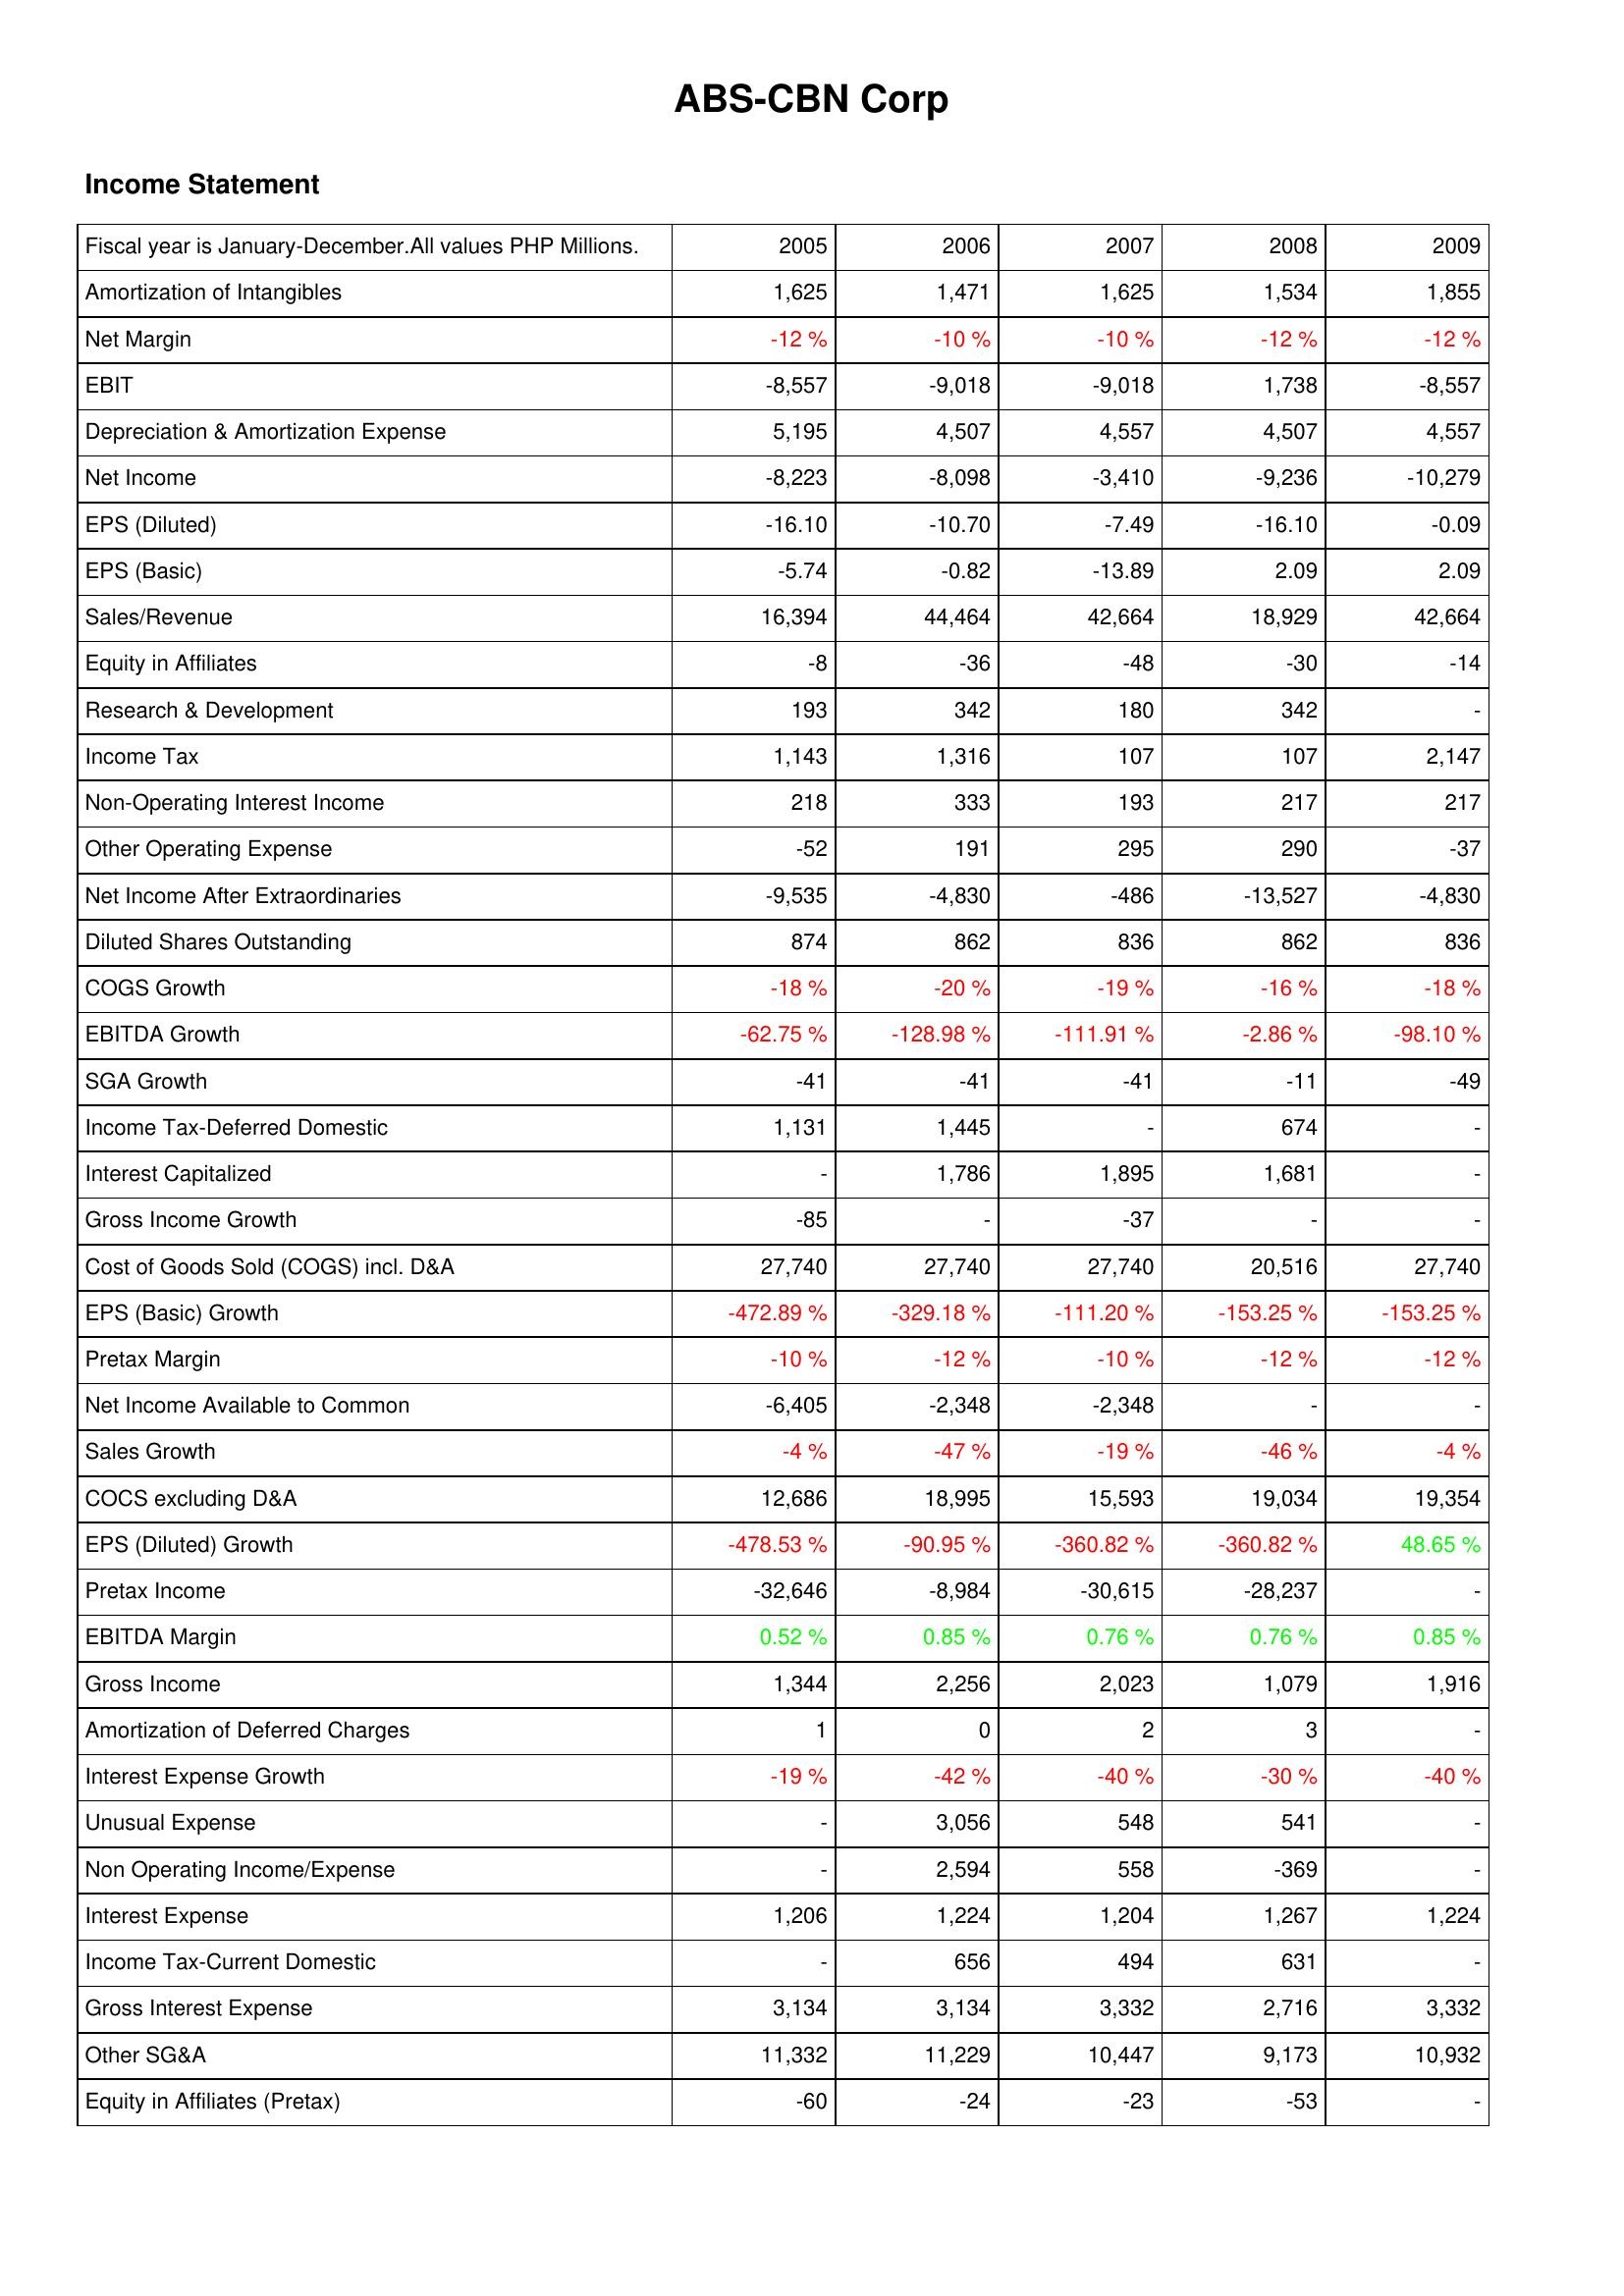
2005: Income Statement: Amortization of Intangibles: 1,625
Net Margin: -12 %
EBIT: -8,557
Depreciation & Amortization Expense: 5,195
Net Income: -8,223
EPS (Diluted): -16.10
EPS (Basic): -5.74
Sales/Revenue: 16,394
Equity in Affiliates: -8
Research & Development: 193
Income Tax: 1,143
Non-Operating Interest Income: 218
Other Operating Expense: -52
Net Income After Extraordinaries: -9,535
Diluted Shares Outstanding: 874
COGS Growth: -18 %
EBITDA Growth: -62.75 %
SGA Growth: -41
Income Tax-Deferred Domestic: 1,131
Interest Capitalized: -
Gross Income Growth: -85
Cost of Goods Sold (COGS) incl. D&A: 27,740
EPS (Basic) Growth: -472.89 %
Pretax Margin: -10 %
Net Income Available to Common: -6,405
Sales Growth: -4 %
COCS excluding D&A: 12,686
EPS (Diluted) Growth: -478.53 %
Pretax Income: -32,646
EBITDA Margin: 0.52 %
Gross Income: 1,344
Amortization of Deferred Charges: 1
Interest Expense Growth: -19 %
Unusual Expense: -
Non Operating Income/Expense: -
Interest Expense: 1,206
Income Tax-Current Domestic: -
Gross Interest Expense: 3,134
Other SG&A: 11,332
Equity in Affiliates (Pretax): -60
2006: Income Statement: Amortization of Intangibles: 1,471
Net Margin: -10 %
EBIT: -9,018
Depreciation & Amortization Expense: 4,507
Net Income: -8,098
EPS (Diluted): -10.70
EPS (Basic): -0.82
Sales/Revenue: 44,464
Equity in Affiliates: -36
Research & Development: 342
Income Tax: 1,316
Non-Operating Interest Income: 333
Other Operating Expense: 191
Net Income After Extraordinaries: -4,830
Diluted Shares Outstanding: 862
COGS Growth: -20 %
EBITDA Growth: -128.98 %
SGA Growth: -41
Income Tax-Deferred Domestic: 1,445
Interest Capitalized: 1,786
Gross Income Growth: -
Cost of Goods Sold (COGS) incl. D&A: 27,740
EPS (Basic) Growth: -329.18 %
Pretax Margin: -12 %
Net Income Available to Common: -2,348
Sales Growth: -47 %
COCS excluding D&A: 18,995
EPS (Diluted) Growth: -90.95 %
Pretax Income: -8,984
EBITDA Margin: 0.85 %
Gross Income: 2,256
Amortization of Deferred Charges: 0
Interest Expense Growth: -42 %
Unusual Expense: 3,056
Non Operating Income/Expense: 2,594
Interest Expense: 1,224
Income Tax-Current Domestic: 656
Gross Interest Expense: 3,134
Other SG&A: 11,229
Equity in Affiliates (Pretax): -24
2007: Income Statement: Amortization of Intangibles: 1,625
Net Margin: -10 %
EBIT: -9,018
Depreciation & Amortization Expense: 4,557
Net Income: -3,410
EPS (Diluted): -7.49
EPS (Basic): -13.89
Sales/Revenue: 42,664
Equity in Affiliates: -48
Research & Development: 180
Income Tax: 107
Non-Operating Interest Income: 193
Other Operating Expense: 295
Net Income After Extraordinaries: -486
Diluted Shares Outstanding: 836
COGS Growth: -19 %
EBITDA Growth: -111.91 %
SGA Growth: -41
Income Tax-Deferred Domestic: -
Interest Capitalized: 1,895
Gross Income Growth: -37
Cost of Goods Sold (COGS) incl. D&A: 27,740
EPS (Basic) Growth: -111.20 %
Pretax Margin: -10 %
Net Income Available to Common: -2,348
Sales Growth: -19 %
COCS excluding D&A: 15,593
EPS (Diluted) Growth: -360.82 %
Pretax Income: -30,615
EBITDA Margin: 0.76 %
Gross Income: 2,023
Amortization of Deferred Charges: 2
Interest Expense Growth: -40 %
Unusual Expense: 548
Non Operating Income/Expense: 558
Interest Expense: 1,204
Income Tax-Current Domestic: 494
Gross Interest Expense: 3,332
Other SG&A: 10,447
Equity in Affiliates (Pretax): -23
2008: Income Statement: Amortization of Intangibles: 1,534
Net Margin: -12 %
EBIT: 1,738
Depreciation & Amortization Expense: 4,507
Net Income: -9,236
EPS (Diluted): -16.10
EPS (Basic): 2.09
Sales/Revenue: 18,929
Equity in Affiliates: -30
Research & Development: 342
Income Tax: 107
Non-Operating Interest Income: 217
Other Operating Expense: 290
Net Income After Extraordinaries: -13,527
Diluted Shares Outstanding: 862
COGS Growth: -16 %
EBITDA Growth: -2.86 %
SGA Growth: -11
Income Tax-Deferred Domestic: 674
Interest Capitalized: 1,681
Gross Income Growth: -
Cost of Goods Sold (COGS) incl. D&A: 20,516
EPS (Basic) Growth: -153.25 %
Pretax Margin: -12 %
Net Income Available to Common: -
Sales Growth: -46 %
COCS excluding D&A: 19,034
EPS (Diluted) Growth: -360.82 %
Pretax Income: -28,237
EBITDA Margin: 0.76 %
Gross Income: 1,079
Amortization of Deferred Charges: 3
Interest Expense Growth: -30 %
Unusual Expense: 541
Non Operating Income/Expense: -369
Interest Expense: 1,267
Income Tax-Current Domestic: 631
Gross Interest Expense: 2,716
Other SG&A: 9,173
Equity in Affiliates (Pretax): -53
2009: Income Statement: Amortization of Intangibles: 1,855
Net Margin: -12 %
EBIT: -8,557
Depreciation & Amortization Expense: 4,557
Net Income: -10,279
EPS (Diluted): -0.09
EPS (Basic): 2.09
Sales/Revenue: 42,664
Equity in Affiliates: -14
Research & Development: -
Income Tax: 2,147
Non-Operating Interest Income: 217
Other Operating Expense: -37
Net Income After Extraordinaries: -4,830
Diluted Shares Outstanding: 836
COGS Growth: -18 %
EBITDA Growth: -98.10 %
SGA Growth: -49
Income Tax-Deferred Domestic: -
Interest Capitalized: -
Gross Income Growth: -
Cost of Goods Sold (COGS) incl. D&A: 27,740
EPS (Basic) Growth: -153.25 %
Pretax Margin: -12 %
Net Income Available to Common: -
Sales Growth: -4 %
COCS excluding D&A: 19,354
EPS (Diluted) Growth: 48.65 %
Pretax Income: -
EBITDA Margin: 0.85 %
Gross Income: 1,916
Amortization of Deferred Charges: -
Interest Expense Growth: -40 %
Unusual Expense: -
Non Operating Income/Expense: -
Interest Expense: 1,224
Income Tax-Current Domestic: -
Gross Interest Expense: 3,332
Other SG&A: 10,932
Equity in Affiliates (Pretax): -